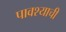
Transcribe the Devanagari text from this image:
पावश्याची